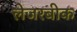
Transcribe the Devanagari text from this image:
लेजरबीक